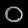
Digit: ၀